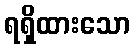
ရရှိထားသော